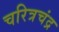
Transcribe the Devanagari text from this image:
चरित्रचंद्र